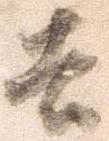
去